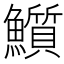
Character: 𩽄